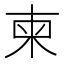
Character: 柬